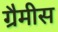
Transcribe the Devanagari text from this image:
ग्रैमीस